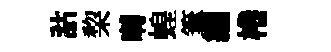
詁棃囀蝗筆纒棬